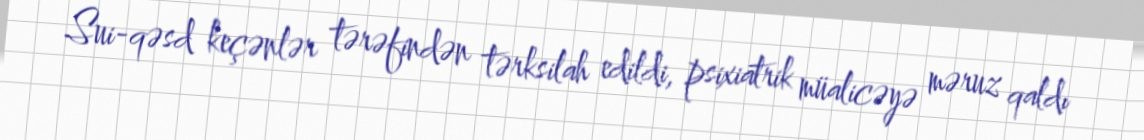
Sui-qəsd keçənlər tərəfindən tərksilah edildi, psixiatrik müalicəyə məruz qaldı